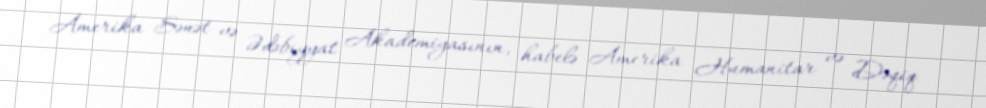
Amerika Sənət və Ədəbiyyat Akademiyasının, habelə Amerika Humanitar və Dəqiq